Indian journal of veterinary science and animal husbandry - Volume 12,
Year: 1942
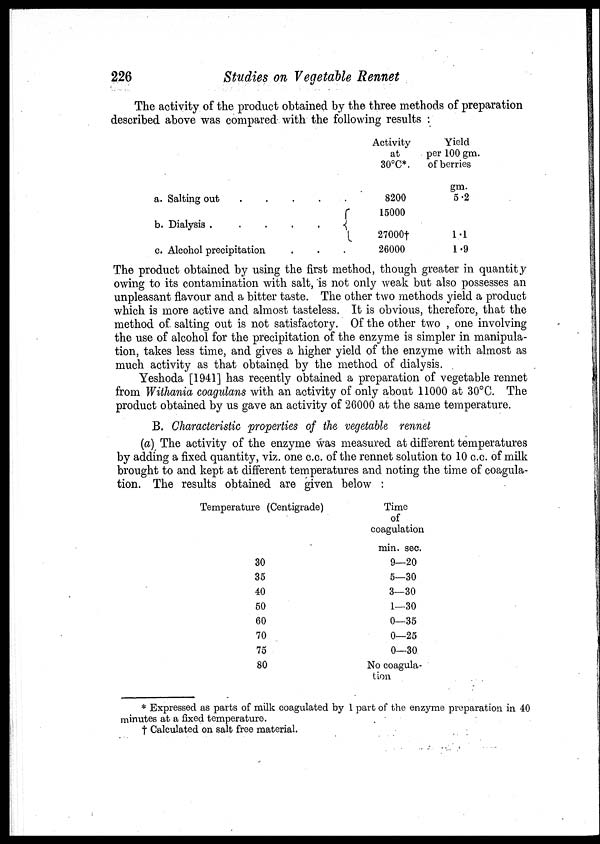
226
Studies on Vegetable Rennet
The activity of the product obtained by the three methods of preparation
described above was compared with the following results :
a. Salting out
.
.
.
.
.
b. Dialysis
.
.
.
.
.
.
c. Alcohol precipitation . . .
Activity
at
30°C*.
8200
15000
27000†
26000
Yield
per 100 gm.
of berries
gm.
5.2
1.1
1.9
The product obtained by using the first method, though greater in quantity
owing to its contamination with salt, is not only weak but also possesses an
unpleasant flavour and a bitter taste. The other two methods yield a product
which is more active and almost tasteless. It is obvious, therefore, that the
method of salting out is not satisfactory. Of the other two , one involving
the use of alcohol for the precipitation of the enzyme is simpler in manipula-
tion, takes less time, and gives a higher yield of the enzyme with almost as
much activity as that obtained by the method of dialysis.
Yeshoda [1941] has recently obtained a preparation of vegetable rennet
from Withania coagulans with an activity of only about 11000 at 30°C. The
product obtained by us gave an activity of 26000 at the same temperature.
B. Characteristic properties of the vegetable rennet
(a) The activity of the enzyme was measured at different temperatures
by adding a fixed quantity, viz. one c.c. of the rennet solution to 10 c.c. of milk
brought to and kept at different temperatures and noting the time of coagula-
tion. The results obtained are given below :
Temperature (Centigrade)
30
35
40
50
60
70
75
80
Time
of
coagulation
min. sec.
9—20
5—30
3—30
1—30
0—35
0—25
0—30
No coagula-
tion
* Expressed as parts of milk coagulated by 1 part of the enzyme preparation in 40
minutes at a fixed temperature.
† Calculated on salt free material.